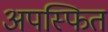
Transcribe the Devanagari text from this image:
अपस्फित